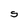
Character: S